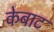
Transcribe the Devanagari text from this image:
केबाट